Medical and sanitary report of the native army of Bengal for the year
Year: 1878
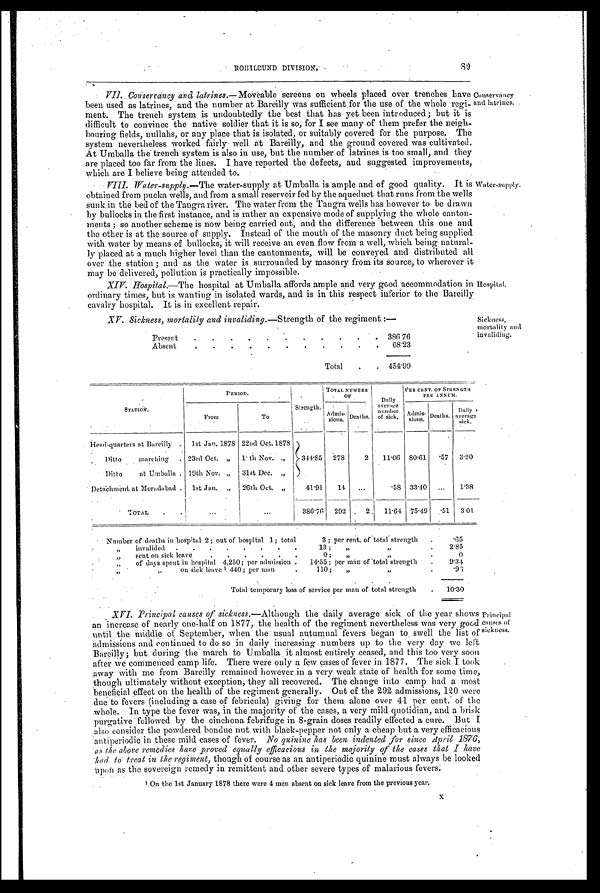
89
ROHILCUND DIVISION.
VII. Conservancy and latrines.—Moveable screens on wheels placed over trenches have
been used as latrines, and the number at Bareilly was sufficient for the use of the whole regi-
ment. The trench system is undoubtedly the best that has yet been introduced; but it is
difficult to convince the native soldier that it is so, for I see many of them prefer the neigh-
bouring fields, nullahs, or any place that is isolated, or suitably covered for the purpose. The
system nevertheless worked fairly Well at Bareilly, and the ground covered was cultivated.
At Umballa the trench system is also in use, but the number of latrines is too small, and they
are placed too far from the lines. I have reported the defects, and suggested improvements
which are I believe being attended to.
VIII. Water-supply, —The water-supply at Umballa is ample and of good quality. It is
obtained from pucka wells, and from a small reservoir fed by the aqueduct that runs from the wells.
sunk in the bed of the Tangra river. The water from the Tangra wells has however to be drawn
by bullocks in the first instance, and is rather an expensive mode of supplying the whole canton-
ments ; so another scheme is now being carried out, and the difference between this one and
the other is at the source of supply. Instead of the mouth of the masonry duct being supplied
with water by means of bullocks, it will receive an even flow from a well, which being natural
-ly placed at a much higher level than the cantonments, will be conveyed and distributed all
over the station ; and as the water is surrounded by masonry from its source, to wherever
may be delivered, pollution is practically impossible.
XIV. Hospi t al. — T h e h o s p i t a l a t U m b a l l a a f f o r d s a m p l e a n d V e r y g o o d a c c o m m o d a t i o n i n
ordinary times, but is wanting in isolated wards, and is in this respect inferior to the Bareilly
cavalry hospital. It is in excellent repair.
XV. Sickness, mortality and invaliding. —Strength of the regiment :—
Present .
.
. . ,
.
. .
.
. . 386 76
Absent
. .
. . ,
.
.
. . . . 68.23
Total . . 454.99
Conservancy
and latrines.
Water-supply.
Hospital .
Sickness,
mortality and
invaliding.
STATION.
PERIOD.
Strength:
TOTAL NUMBER
OF
Daily
a v e r a g e
n u m b e r o f s i c k .
PER CENT. OF STRENGT
H PER ANNUM.
From
To
Admis-
sions. Deaths.
A d m i s -
s i o n s
Deaths.
D a i l y a v e r a g e
sick.
Head-quarters at Bareilly . 1st Jan. 1878 22nd Oct. 1878
3 4 4 . 8 5
278
2
1 1 . 0 6 80.61 .57 3.20
Ditto marching . 23rd Oct. „ 1 th Nov. .,
Ditto
at Umballa . 19th Nov. .„ 31st Dec. „
Detachment at Moradabad 1st Jan. „ 26th Oct. „
41.91 14.
. . .
.58 33.40 ... 1.38
TOTAL
...
...
386.76 292
2 11.64 75.49 .51 3.01
Number of deaths in hospital 2; out of hospital 1; total
3 ; per cent, of total strength .
.65
„ invalided . . . . . . . .
13 ; ,,
, ,
.
2.85
„ sent on sick leave
. . . .
. .
0 ;
, ,
.
0
„ of days spent in hospital 4,250; per admission
14.55; per man of total strength .
9 . 3 4
,,
„
on sick leave 1 440; per man
.
110; „
, ,
.
. 9 6
Total temporary loss of service per man of total strength
. 10.30
XVI. Principal causes of sickness.—Although the daily average sick of the year shows
an increase of nearly one-half on 1877, the health of the regiment nevertheless was very good
until the middle of September, when the usual autumnal fevers began to swell the list of
admissions and continued to do so in daily increasing numbers up to the very day we left
.Bareilly; but during the march to Umballa it almost entirely ceased, and this too very soon
after we commenced camp life. There were only a few cases of fever in 1877. The sick I took
away with me from Bareilly remained however in a very weak state of health for some time,
though ultimately without exception, they all recovered. The change into camp had a most
beneficial effect on the health of the regiment generally. Out of the 292 admissions, 120 were
due to fevers (including a ease of febricula) giving for them alone over 41 per cent. of the
whole. In type the fever was, in the majority of the cases, a very mild quotidian, and a brisk
purgative followed by the cinchona febrifuge in 8-grain doses readily effected a cure. But I
also consider the powdered bonduc nut with black-pepper not only a cheap but a very efficacious
antiperiodic in these mild cases of fever. No quinine has been indented for since April 1876,
as the above remedies have proved equally efficacious in the majority of the cases that I have
had to treat in the regiment, though of course as an antiperiodic quinine must always be looked
-upon as the sovereign remedy in remittent and other severe types of malarious fevers.
1 On the 1st January 1878 there were 4 men absent on sick leave from the previous year.
Principal
causes of
sickness.